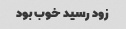
زود رسید خوب بود